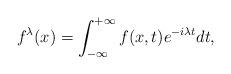
LaTeX: \begin{align*}f^{\lambda}(x)=\int_{-\infty}^{+\infty}f(x,t)e^{-i\lambda t} dt,\end{align*}